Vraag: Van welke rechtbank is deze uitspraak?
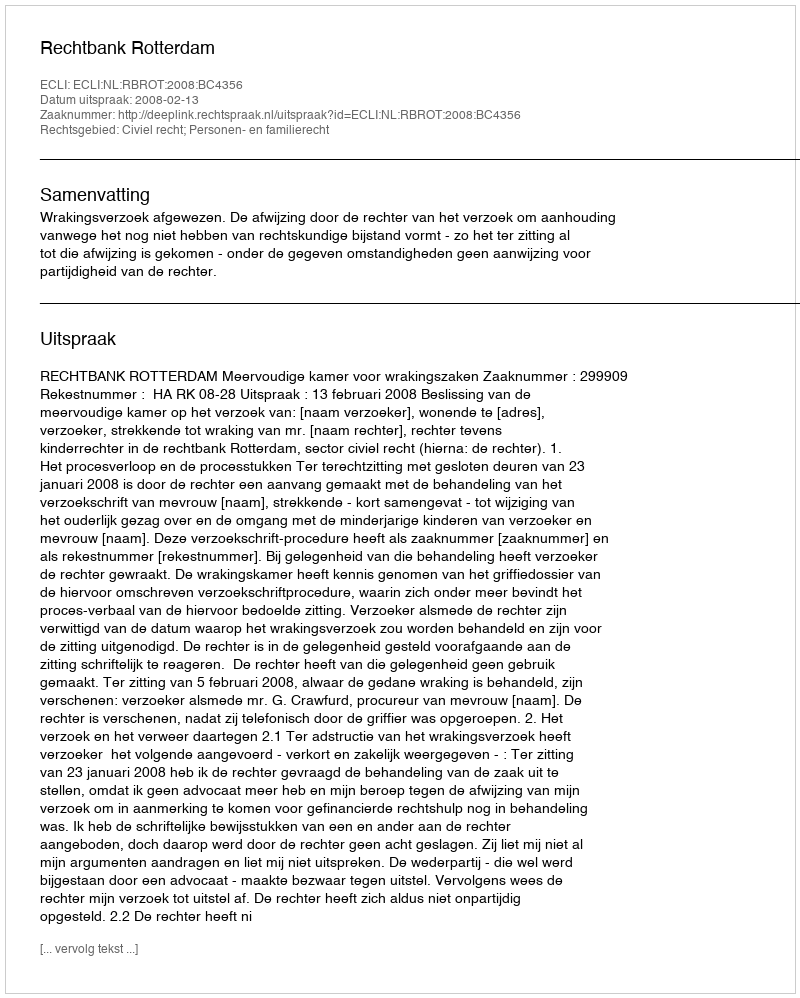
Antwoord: Rechtbank Rotterdam